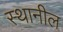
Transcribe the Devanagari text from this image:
स्थानील